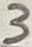
Text: 3